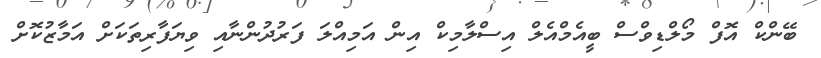
ބޭންކް އޮފް މޯލްޑިވްސް ބީއެމްއެލް އިސްލާމިކް އިން އަމިއްލަ ފަރުދުންނާއި ވިޔަފާރިތަކަށް އަމާޒުކޮށް